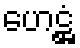
ဟေဋ္ဌံ